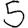
Digit: 5